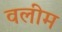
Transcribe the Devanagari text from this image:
वलीम